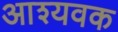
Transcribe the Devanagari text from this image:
आश्यवक